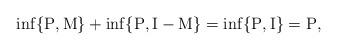
LaTeX: \begin{align*}\inf\{\mathrm{P},\mathrm{M}\}+ \inf\{\mathrm{P},\mathrm{I}-\mathrm{M}\}=\inf\{\mathrm{P},\mathrm{I}\}=\mathrm{P}, \end{align*}